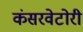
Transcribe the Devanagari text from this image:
कंसरवेटोरी